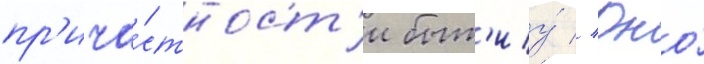
пр'ича́стност'и быт'иу́ // Оно́